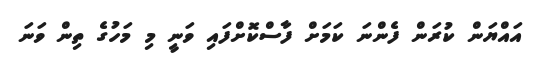
އައްޔަން ކުރަން ފެންނަ ކަމަށް ފާސްކޮށްފައި ވަނީ މި މަހުގެ ތިން ވަނަ